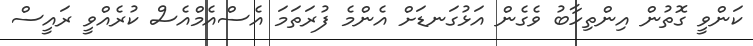
ކަންވީ ގޮތުން އިންތިހާބު ވެގެން އަޅުގަނޑަށް އެންމެ ފުރަތަމަ އެސްއެމްއެސް ކުރެއްވީ ރައީސް